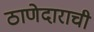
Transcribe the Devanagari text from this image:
ठाणेदाराची